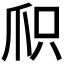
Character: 𬋦